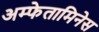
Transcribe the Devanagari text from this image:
अम्फेतामिनेस